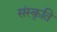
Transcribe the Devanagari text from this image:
संस्‍कृति